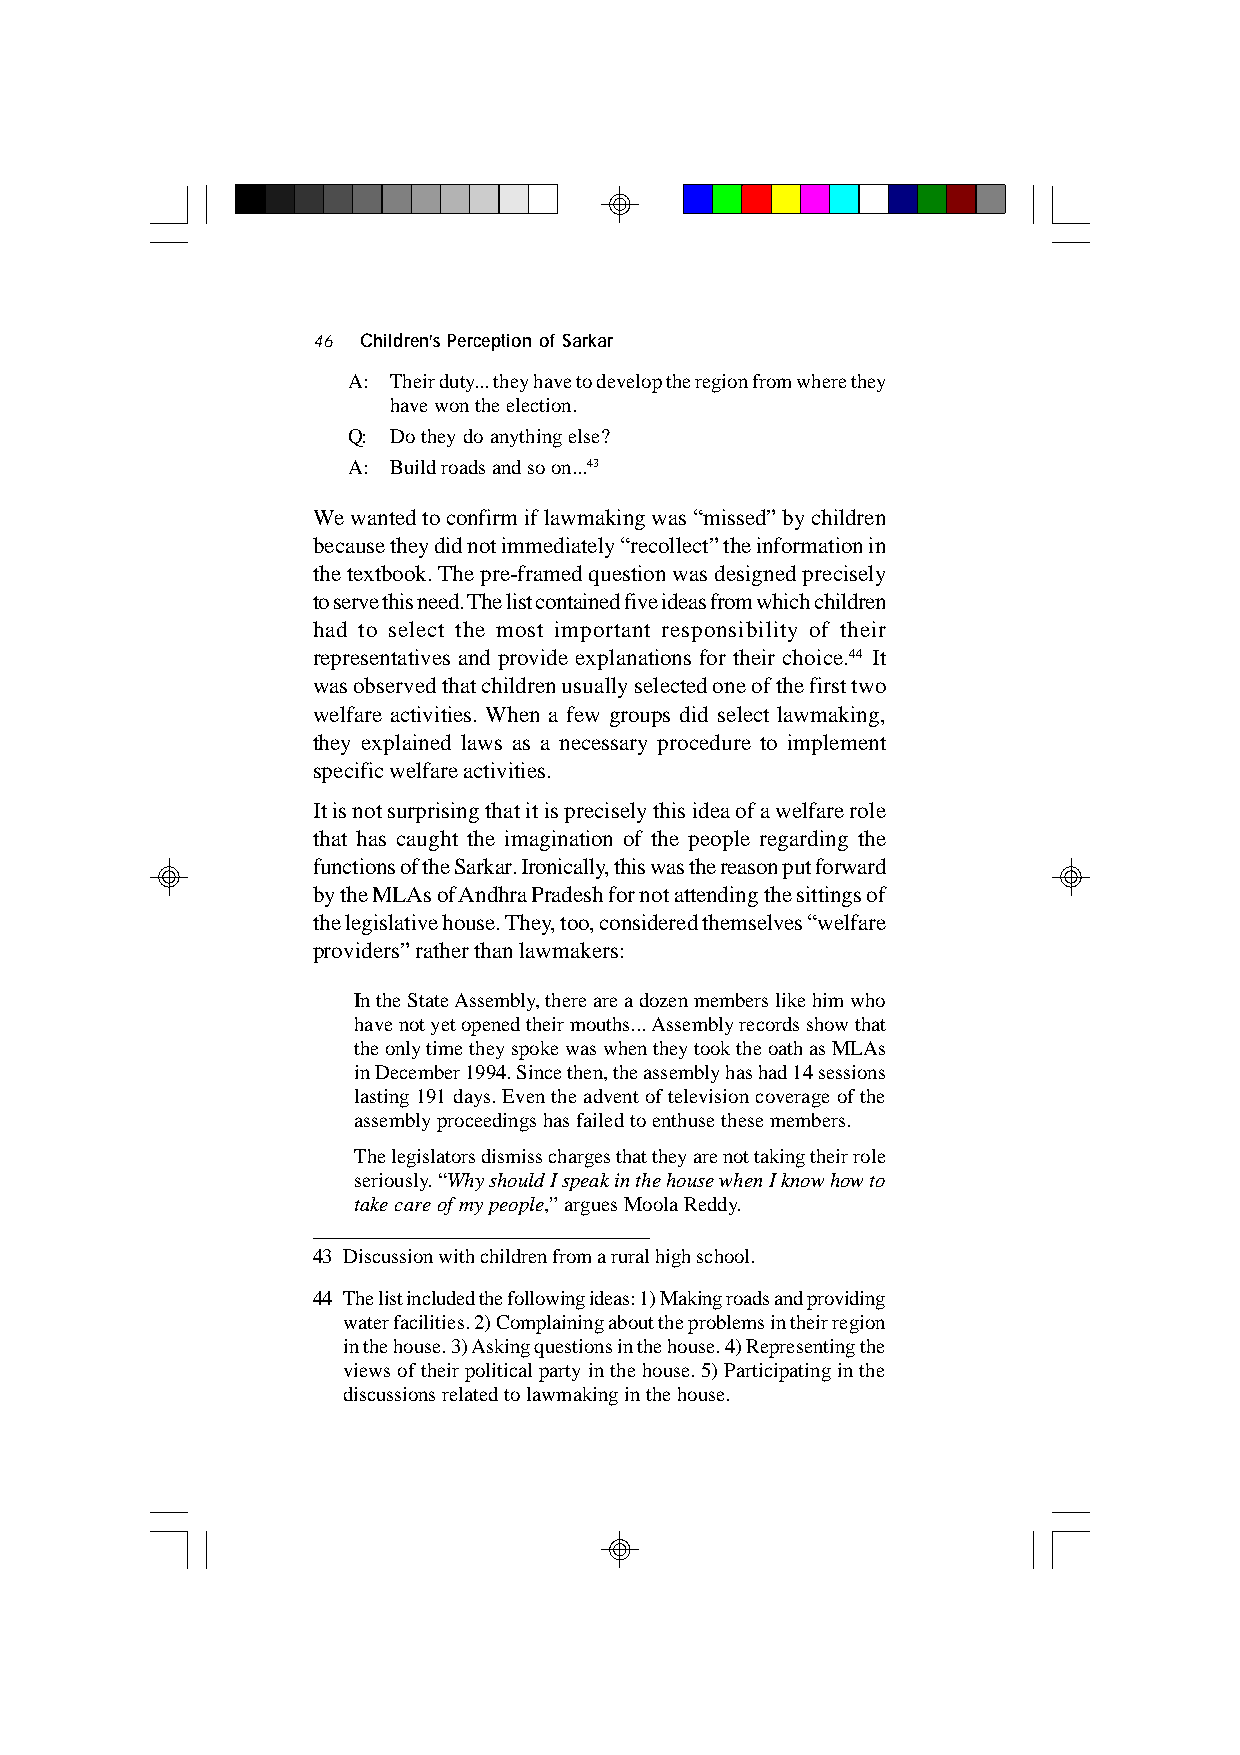
46 Children’s Perception of Sarkar
 A: Their duty... they have to develop the region from where they
 have won the election.
 Q: Do they do anything else?
 A: Build roads and so on...43
 We wanted to confirm if lawmaking was “missed” by children
 because they did not immediately “recollect” the information in
 the textbook. The pre-framed question was designed precisely
 to serve this need. The list contained five ideas from which children
 had to select the most important responsibility of their
 representatives and provide explanations for their choice.44 It
 was observed that children usually selected one of the first two
 welfare activities. When a few groups did select lawmaking,
 they explained laws as a necessary procedure to implement
 specific welfare activities.
 It is not surprising that it is precisely this idea of a welfare role
 that has caught the imagination of the people regarding the
 functions of the Sarkar. Ironically, this was the reason put forward
 by the MLAs of Andhra Pradesh for not attending the sittings of
 the legislative house. They, too, considered themselves “welfare
 providers” rather than lawmakers:
 In the State Assembly, there are a dozen members like him who
 have not yet opened their mouths... Assembly records show that
 the only time they spoke was when they took the oath as MLAs
 in December 1994. Since then, the assembly has had 14 sessions
 lasting 191 days. Even the advent of television coverage of the
 assembly proceedings has failed to enthuse these members.
 The legislators dismiss charges that they are not taking their role
 seriously. “Why should I speak in the house when I know how to
 take care of my people,” argues Moola Reddy.
 43 Discussion with children from a rural high school.
 44 The list included the following ideas: 1) Making roads and providing
 water facilities. 2) Complaining about the problems in their region
 in the house. 3) Asking questions in the house. 4) Representing the
 views of their political party in the house. 5) Participating in the
 discussions related to lawmaking in the house.